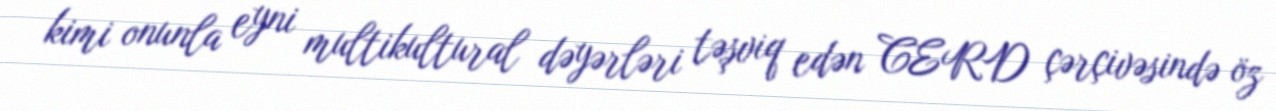
kimi onunla eyni multikultural dəyərləri təşviq edən CERD çərçivəsində öz